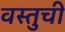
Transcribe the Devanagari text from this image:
वस्तुची